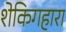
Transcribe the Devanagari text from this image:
शेकिगहारा